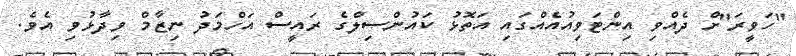
"ހަވީރަ"ށް ދެއްވި އިންޓަވިއުއެއްގައި އަތޮޅު ކައުންސިލްގެ ރައީސް އަހްމަދު ނިޒާމް ވިދާޅުވި އެވެ.